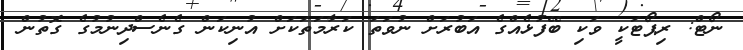
ނޯޓް: ރިޕޯޓަކީ ވަކި ބޭފުޅެއްގެ އަބުރަށް ނުވަތަ ކަރާމަތަކަށް އުނިކަން ގެނެސްދިނުމުގެ ގޮތުން